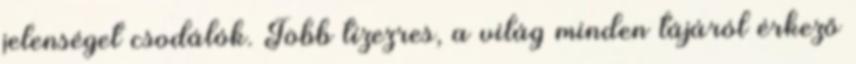
jelenséget csodálók. Több tízezres, a világ minden tájáról érkező